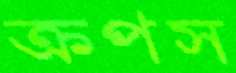
ক্রপস